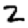
Digit: 2